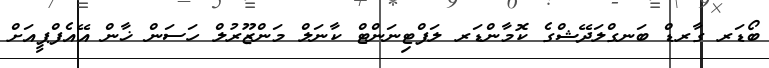
ބޯޑަރ ގާރޑް ބަނގްލަދޭޝްގެ ކޮމާންޑަރ ލަފްޓިނަންޓް ކާނަލް މަންޒޫރުލް ހަސަން ޚާން އޭއެފްޕީއަށް